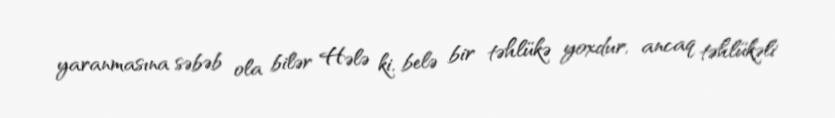
yaranmasına səbəb ola bilər Hələ ki, belə bir təhlükə yoxdur, ancaq təhlükəli